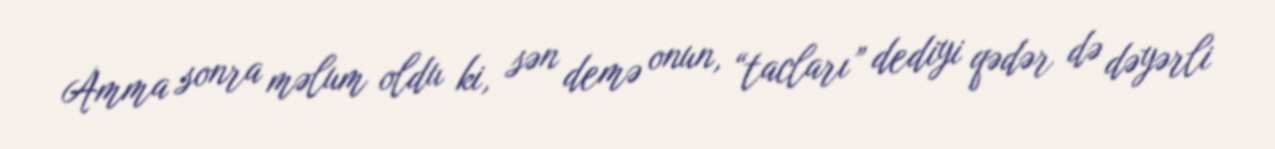
Amma sonra məlum oldu ki, sən demə onun, “tacları” dediyi qədər də dəyərli